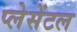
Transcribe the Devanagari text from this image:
प्लेसेंटल